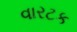
વારટક